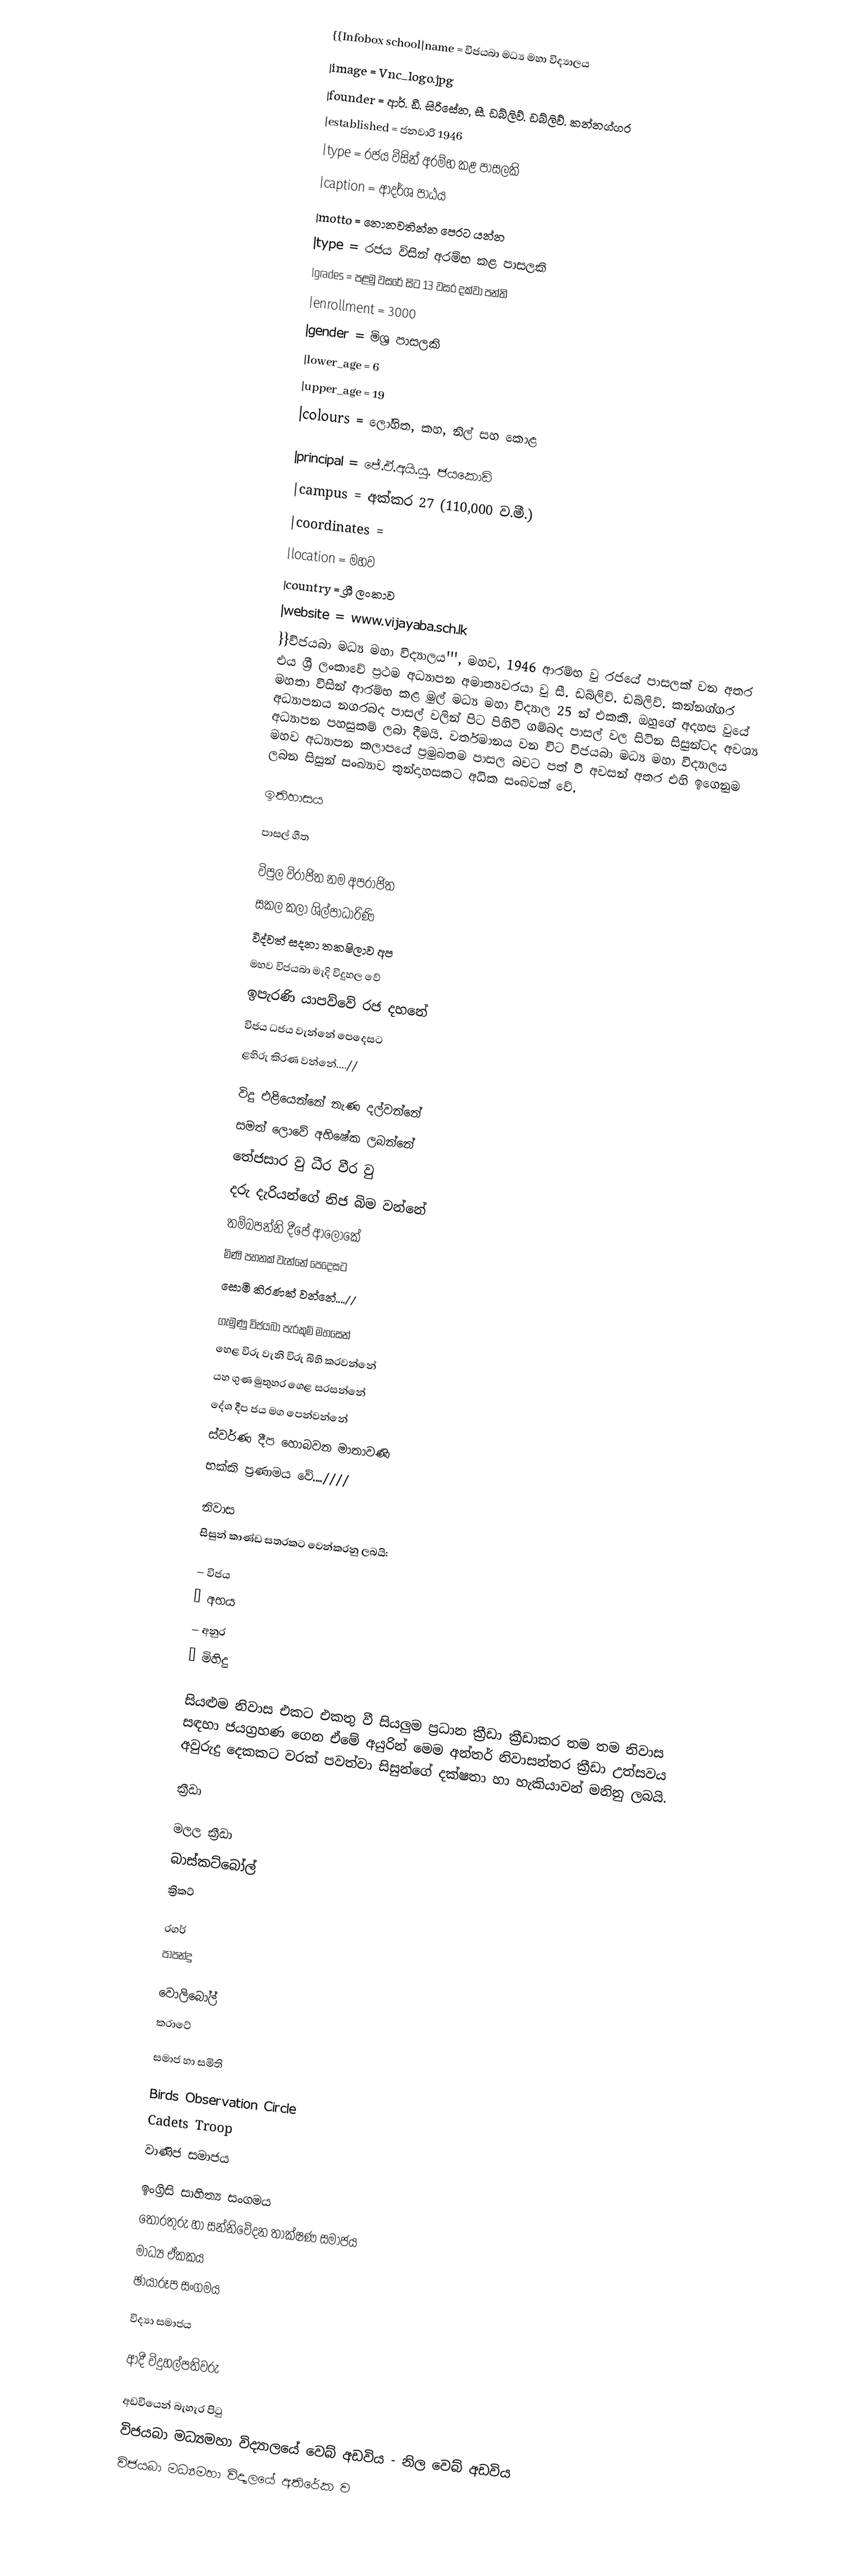
{{Infobox school|name           = විජයබා මධ්‍ය මහා විද්‍යාලය
|image          = Vnc_logo.jpg
|founder        = ආර්. ඩී. සිරිසේන, සී. ඩබ්ලිව්. ඩබ්ලිව්. කන්නග්ගර
|established    = ජනවාරි 1946
|type           = රජය විසින් අරම්භ කළ පාසලකි
|caption        = ආදර්ශ පාඨය
|motto          = නොනවතින්න පෙරට යන්න
|type           = රජය විසින් අරම්භ කළ පාසලකි
|grades         = පළමු වසරේ සිට 13 වසර දක්වා පන්ති
|enrollment     = 3000
|gender         = මිශ්‍ර පාසලකි
|lower_age      = 6
|upper_age      = 19
|colours        = ලෝහිත, කහ, නිල් සහ කොළ

|principal      = ජේ.ඒ.අයි.යූ. ජයකොඩි
|campus         = අක්කර 27 (110,000 ව.මී.)
|coordinates    =
|location       = මහව
|country        = ශ්‍රී ලංකාව
|website        = www.vijayaba.sch.lk
}}විජයබා මධ්‍ය මහා විද්‍යාලය''', මහව, 1946 ආරම්භ වු රජයේ පාසලක් වන අතර එය ශ්‍රී ලංකාවේ ප්‍රථම අධ්‍යාපන අමාත්‍යවරයා වු සී. ඩබ්ලිව්. ඩබ්ලිව්. කන්නග්ගර මහතා විසින් ආරම්භ කළ මුල් මධ්‍ය මහා විද්‍යාල 25 න් එකකි. ඔහුගේ අදහස වුයේ අධ්‍යාපනය නගරබද පාසල් වලින් පිට පිහිටි ගම්බද පාසල් වල සිටින සිසුන්ටද අවශ්‍ය අධ්‍යාපන පහසුකම් ලබා දීමයි. වර්තමානය වන විට විජයබා මධ්‍ය මහා විද්‍යාලය මහව අධ්‍යාපන කලාපයේ ප්‍රමුඛතම පාසල බවට පත් වී අවසන් අතර එහි ඉගෙනුම ලබන සිසුන් සංඛ්‍යාව තුන්දාහසකට අධික සංඛවක් වේ.

ඉතිහාසය

පාසල් ගීත

විපුල විරාජිත නම අපරාජිත
සකල කලා ශිල්පාධාරිණි
විද්වත් සදනා තකෂිලාව අප
මහව විජයබා මැදි විදුහල වේ
ඉපැරණි යාපව්වේ රජ දහනේ
විජය ධජය වැන්නේ පෙදෙසට
ළහිරු කිරණ වන්නේ....//

විදු එළියෙන්නේ නැණ දල්වන්නේ
සමත් ලොවේ අභිෂේක ලබන්නේ
තේජසාර වු ධීර වීර වු
දරු දැරියන්ගේ නිජ බිම වන්නේ
තම්බපන්නි දීපේ ආලෝකේ
මිණි පහනක් වැන්නේ පෙදෙසට
සොමි කිරණක් වන්නේ....//

ගැමුණු විජයබා පැරකුම් මහසෙන්
හෙළ විරු වැනි විරු බිහි කරවන්නේ
යහ ගුණ මුතුහර ගෙළ සරසන්නේ
දේශ දීප ජය මග පෙන්වන්නේ
ස්වර්ණ දීප හොබවන මාතාවණි
භක්කි ප්‍රණාමය වේ....////

නිවාස
සිසුන් කාණ්ඩ සතරකට වෙන්කරනු ලබයි:

 –  විජය
 –  අභය
 –  අනුර
 –  මිහිදු

සියළුම නිවාස එකට එකතු වී සියලුම ප්‍රධාන ක්‍රීඩා ක්‍රීඩාකර තම තම නිවාස සඳහා  ජයග්‍රහණ ගෙන ඒමේ අයුරින් මෙම අන්තර් නිවාසන්තර ක්‍රීඩා උත්සවය අවුරුදු දෙකකට වරක් පවත්වා සිසුන්ගේ දක්ෂතා හා හැකියාවන් මනිනු ලබයි.

ක්‍රීඩා

 මලල ක්‍රීඩා
 බාස්කට්බෝල්
 ක්‍රිකට්

 රගර්
 පාපන්දු

 වොලිබෝල්
කරාටේ

සමාජ හා සමිති

 Birds Observation Circle
 Cadets Troop
 වාණිජ සමාජය

 ඉංග්‍රිසි සාහිත්‍ය සංගමය
 තොරතුරු හා සන්නිවේදන තාක්ෂණ සමාජය
 මාධ්‍ය ඒකකය
 ඡායාරූප සංගමය

 විද්‍යා සමාජය

ආදී විදුහල්පතිවරු

අඩවියෙන් බැහැර පිටු
විජයබා මධ්‍යමහා විද්‍යාලයේ වෙබ් අඩවිය - නිල වෙබ් අඩවිය
විජයබා මධ්‍යමහා විද්‍යාලයේ අතිරේක ව